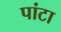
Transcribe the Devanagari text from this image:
पांटा